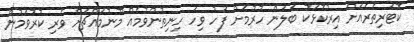
ކޮޓަރިތެރެއަށް އިރުކޮޅަކު ބަލަން ހުރުމަށް ފަހު ވިހަ ހިނިތުންވުމެއް މޫނުމައްޗަށް ވެރި ކުރުވަމުން